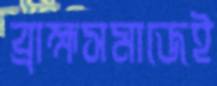
ব্রাহ্মসমাজেই